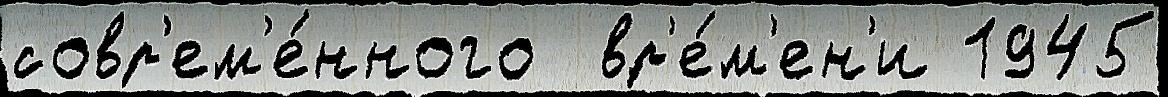
совр'ем'е́нного  вр'е́м'ен'и 1945